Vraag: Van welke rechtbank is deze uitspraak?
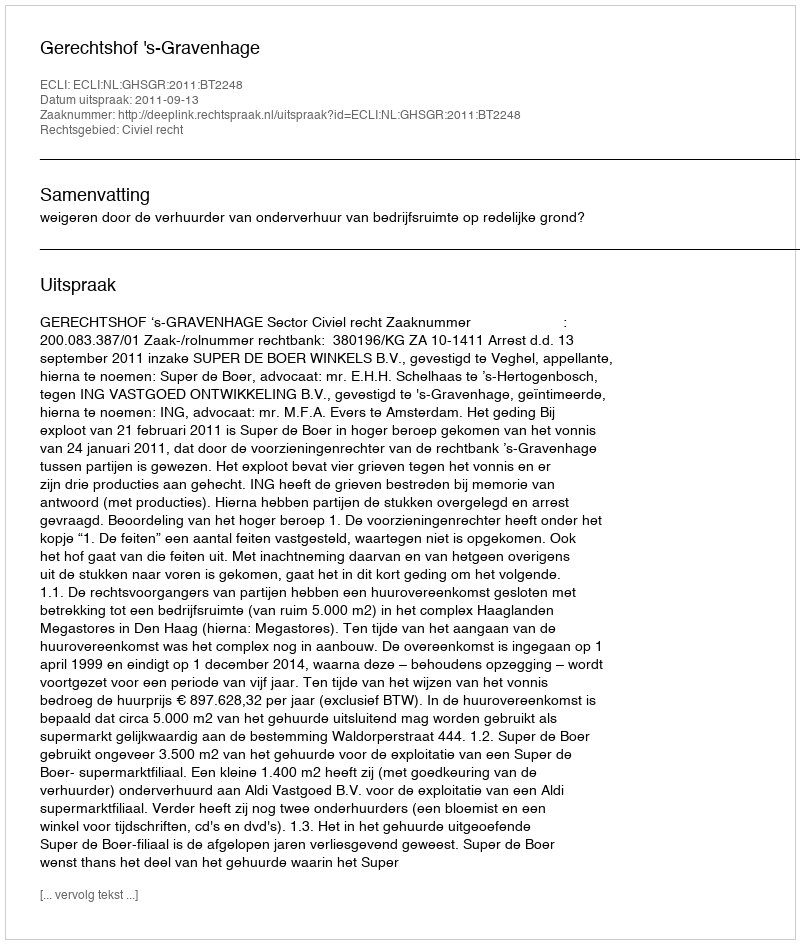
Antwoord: Gerechtshof 's-Gravenhage